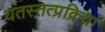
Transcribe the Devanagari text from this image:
यतस्तत्प्रक्रिया